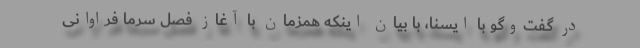
در گفت‌وگو با ایسنا، با بیان اینکه همزمان با آغاز فصل سرما فراوانی